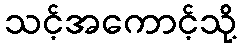
သင့်အကောင့်သို့